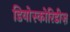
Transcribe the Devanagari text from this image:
डियोस्कोरिडीज़